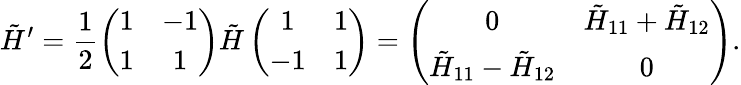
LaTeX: \tilde{H}^{\prime}=\frac 12\left(\begin{array}{cc}{{1}}&{{-1}}\\ {{1}}&{{1}}\end{array}\right)\tilde{H}\left(\begin{array}{cc}{{1}}&{{1}}\\ {{-1}}&{{1}}\end{array}\right)=\left(\begin{array}{cc}{{0}}&{{\tilde{H}_{11}+\tilde{H}_{12}}}\\ {{\tilde{H}_{11}-\tilde{H}_{12}}}&{{0}}\end{array}\right).